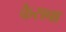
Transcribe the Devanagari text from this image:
कैराबा